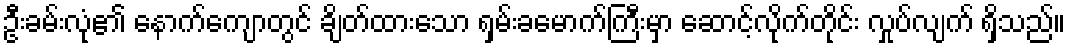
ဦးခမ်းလုံ၏ နောက်ကျောတွင် ချိတ်ထားသော ရှမ်းခမောက်ကြီးမှာ ဆောင့်လိုက်တိုင်း လှုပ်လျက် ရှိသည်။